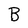
Character: B